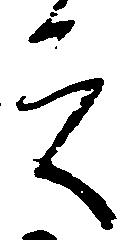
之